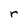
Character: r